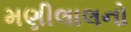
મણીલાલનો